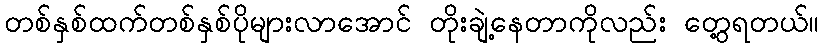
တစ်နှစ်ထက်တစ်နှစ်ပိုများလာအောင် တိုးချဲ့နေတာကိုလည်း တွေ့ရတယ်။